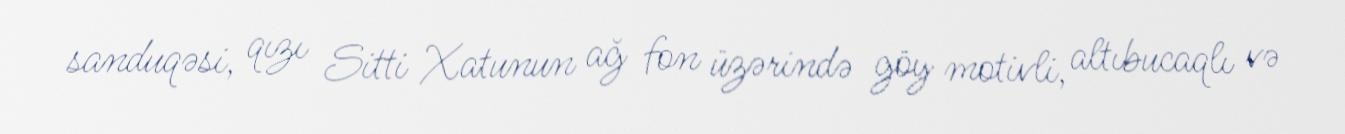
sanduqəsi, qızı Sitti Xatunun ağ fon üzərində göy motivli, altıbucaqlı və